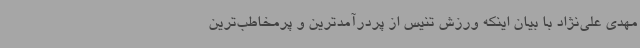
مهدی علی‌نژاد با بیان اینکه ورزش تنیس از پردرآمدترین و پرمخاطب‌ترین